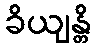
ခိယျန္တိ